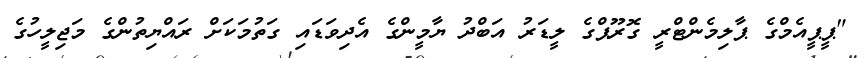
"ޕީޕީއެމްގެ ޕާލިމެންޓްރީ ގޮރޫޕްގެ ލީޑަރު އަބްދު ޔާމީންގެ އެދިވަޑައި ގަތުމަކަށް ރައްޔިތުންގެ މަޖިލީހުގެ